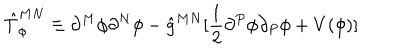
LaTeX: \hat { T } _ { \phi } ^ { M N } \equiv \partial ^ { M } \phi \partial ^ { N } \phi - \hat { g } ^ { M N } [ \frac { 1 } { 2 } \partial ^ { P } \phi \partial _ { P } \phi + V ( \phi ) ]